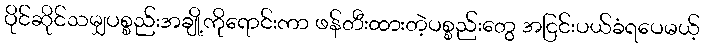
ပိုင်ဆိုင်သမျှပစ္စည်းအချို့ကိုရောင်းကာ ဖန်တီးထားတဲ့ပစ္စည်းတွေ အငြင်းပယ်ခံရပေမယ့်